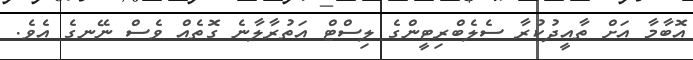
އޮބާމާ އަށް ތާއީދުކުރާ ސެލެބްރިޓީންގެ ލިސްޓް އަތުރާލާނެ ގޮތެއް ވެސް ނޭނގެ އެވެ.